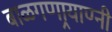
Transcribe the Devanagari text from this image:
बाळगणार्‍याण्नी